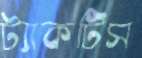
ট্যাকটিস